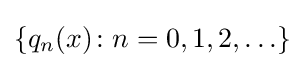
\{q_{n}(x)\colon n=0,1,2,\ldots \}